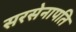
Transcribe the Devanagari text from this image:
सरसेनापति